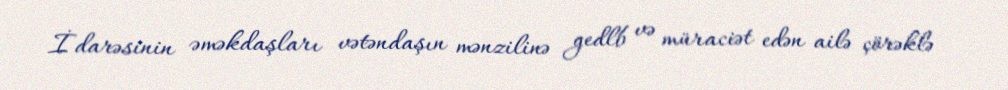
İdarəsinin əməkdaşları vətəndaşın mənzilinə gedlb və müraciət edən ailə çörəklə